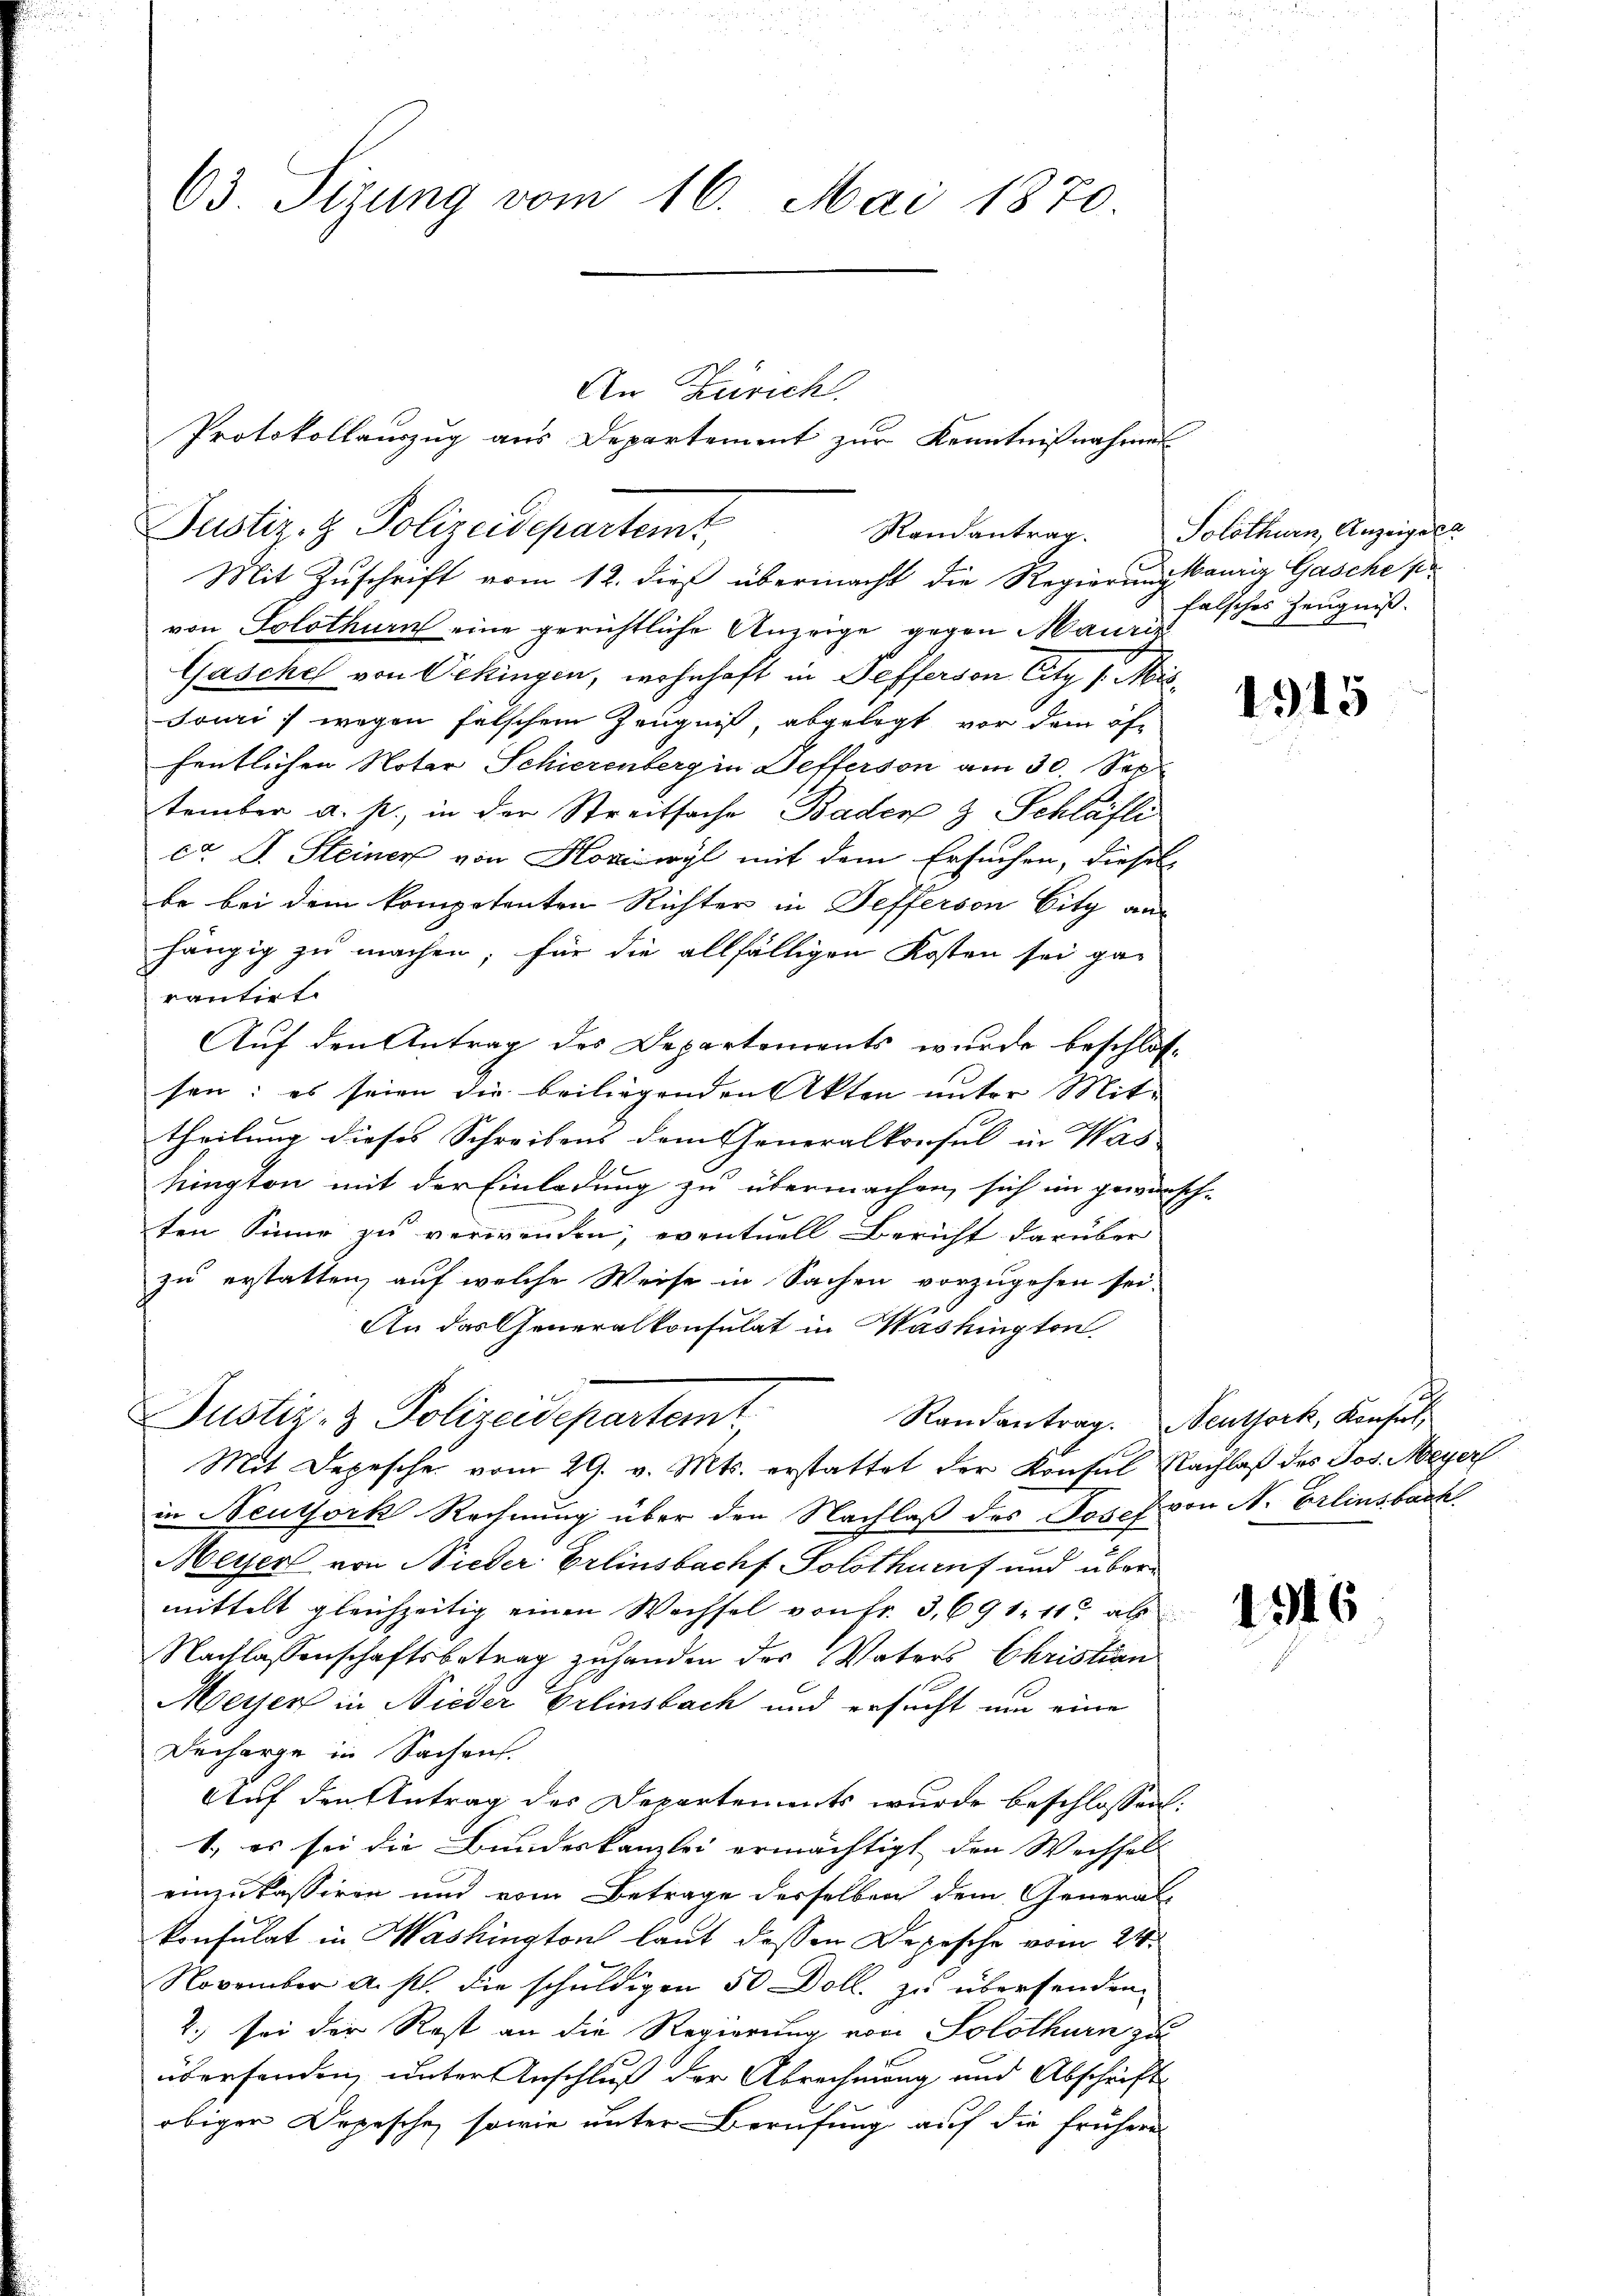
63. Sizung vom 16. Mai 1870.

Mit Zuschrift vom 12. dieß übermacht die Regierung baurig Gasche s
von Solothurn eine gerichtliche Anzeige gegen Maurie
Gasche von Oekingen, wohnhaft in Pefferson Citz /: Missouri :/ wegen falschem Zeugniß, abgelegt vor dem öffentlichen Noter Schierenberg in Defferson am 30 Sep
tember a. p., in der Streitsache Baden & Schläfli
ca D. Steiner von Hoziwyl mit dem Ersuchen, diesel
be bei dem kompetenten Richter in Tefferson City aus
hängig zu machen; für die allfälligen Kosten sei garautet.
Auf den Antrag des Departements wurde beschlossen: es seien die beiliegenden Akten unter Mittheilung dieses Schreibens dem Generalkonsul in Was
hington mit der Einladung zu übermachen, sich in gewünsch-
ten Sinne zu verwenden, eventuell Bericht darüber
zu erstatten, auf welche Weise in Sachen vorzugehen sei.
An das Generalkonsulat in Washington
Justiz- & Polizeidepartemt
Randantrag. Neuthork, Konsul
Mit Depesche vom 29. v. Mts. erstattet der Konsul Nachlaß des Jos. Meyer
in Neuthork Rechnung über den Nachlaß des Josef von N. Erlinsbach
Meyer von Nieder Erlinsbach Solothurn und übermittelt gleichzeitig einen Wechsel von fr. 3, 691. 11 als
Nachlassenschaftsbetrag zuhanden des Vaters Christian
Meyer in Nieder Erlinsbach und ersucht um eine
Decharge in Sachen.
Auf den Antrag des Departements wurde beschlossen:
1.) es sei die Bundeskanzlei ermächtigt den Wechsel
einzukassiren und vom Betrage desselben dem General-
konsulat in Washington laut dessen Depesche vom 21.
November a. p. die schuldigen 50 Doll. zu übersenden.
2.) sei der Rost an die Regierung von Solothurn zu
überhanden, unter Anschluß der Abrechnung und Abschrift
obiger Depesche, sowie unter Berufung auf die frühere

Justiz- & Polizeidepartemt,

An Zürich.
Protokollauszug aus Departement zur Kenntnißnahmes

Randantrag. Solothurn, Anzeiger
falsches Zeugniß.

1915

1916